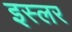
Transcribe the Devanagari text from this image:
इस्लर